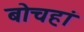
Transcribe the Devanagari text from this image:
बोचहां